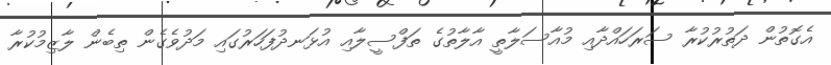
އެގޮތުން ދަތުރުކުރާ ސަރަހައްދާއި މުއާސަލާތީ އާލާތުގެ ތަފްސީލާއި އުޅަނދުފަހަރުގައި މަދުވެގެން ތިބެން ލާޒިމުކުރާ